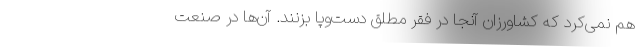
هم نمی‌کرد که کشاورزان آنجا در فقر مطلق دست‌وپا بزنند. آن‌ها در صنعت